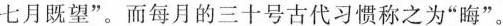
七月既望”。而每月的三十号古代习惯称之为”晦”。